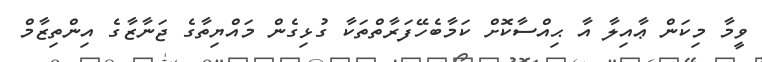
ވީމާ މިކަން ޢާއިލާ އާ ޙިއްސާކޮށް ކަމާބެހޭފަރާތްތަކާ ގުޅިގެން މައްޔިތާގެ ޖަނާޒާގެ އިންތިޒާމް